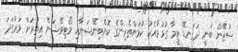
ސުޒޭން ބުނީ ދަގަނޑޭ ޓީމާ ގުޅުމާއެކު ކުޅުންތެރިންގެ ކޮންބިނޭޝަނާއި މޯޓިވޭޝަން އިތުރަށް ވަރުގަދަ